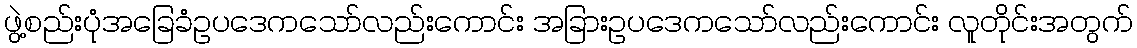
ဖွဲ့စည်းပုံအခြေခံဥပဒေကသော်လည်းကောင်း အခြားဥပဒေကသော်လည်းကောင်း လူတိုင်းအတွက်